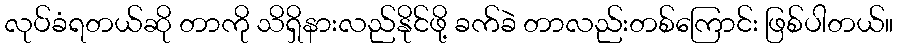
လုပ်ခံရတယ်ဆို တာကို သိရှိနားလည်နိုင်ဖို့ ခက်ခဲ တာလည်းတစ်ကြောင်း ဖြစ်ပါတယ်။